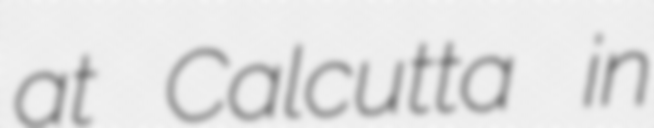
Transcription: at Calcutta in